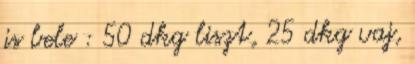
is bele : 50 dkg liszt, 25 dkg vaj,